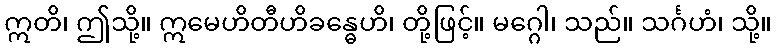
ဣတိ၊ ဤသို့။ ဣမေဟိတီဟိခန္ဓေဟိ၊ တို့ဖြင့်။ မဂ္ဂေါ၊ သည်။ သင်္ဂဟံ၊ သို့။